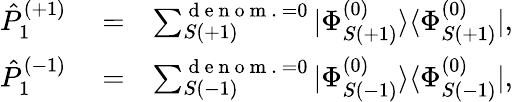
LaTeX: \begin{array}{rlr}{\hat{P}_{1}^{(+1)}}&{{}=}&{\sum_{S(+1)}^{{\mathrm{~d~e~n~o~m~.~}=0}}|\Phi_{S(+1)}^{(0)}\rangle\langle\Phi_{S(+1)}^{(0)}|,}\\ {\hat{P}_{1}^{(-1)}}&{{}=}&{\sum_{S(-1)}^{{\mathrm{~d~e~n~o~m~.~}=0}}|\Phi_{S(-1)}^{(0)}\rangle\langle\Phi_{S(-1)}^{(0)}|,}\end{array}